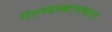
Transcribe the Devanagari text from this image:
गंतव्यस्थानकात